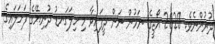
ދުރުންނެވެ. 2020 އޯޖީގެ ނަމުން ނަން ދީފައިވާ މި ހިލަގަނޑު ދުނިޔޭގެ ފަށަލައިގެ